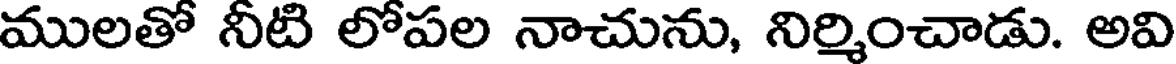
ములతో నీటి లోపల నాచును, నిర్మించాడు. అవి